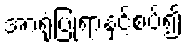
အာရုံပြုရာနှင့်စပ်၍